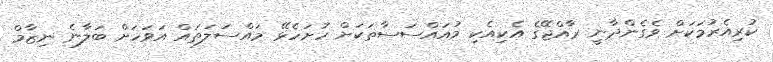
ކުރިއެރުމަކަށް ވެގެންދާނީ ރާއްޖޭގެ އެކިއެކި މުއައްސަސާތަކަށް ހުށަހެޅޭ މައްސަލަތައް އަވަހަށް ބަލާނެ ނިޒާމް